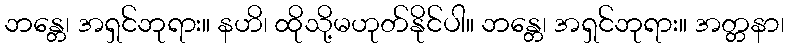
ဘန္တေ၊ အရှင်ဘုရား။ နဟိ၊ ထိုသို့မဟုတ်နိုင်ပါ။ ဘန္တေ၊ အရှင်ဘုရား။ အတ္တနာ၊